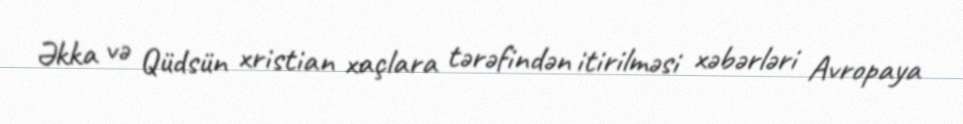
Əkka və Qüdsün xristian xaçlara tərəfindən itirilməsi xəbərləri Avropaya